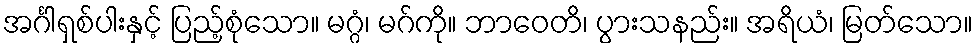
အင်္ဂါရှစ်ပါးနှင့် ပြည့်စုံသော။ မဂ္ဂံ၊ မဂ်ကို။ ဘာဝေတိ၊ ပွားသနည်း။ အရိယံ၊ မြတ်သော။